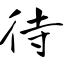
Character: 待